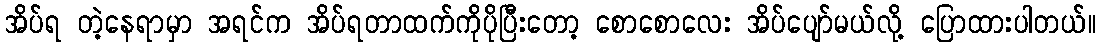
အိပ်ရ တဲ့နေရာမှာ အရင်က အိပ်ရတာထက်ကိုပိုပြီးတော့ စောစောလေး အိပ်ပျော်မယ်လို့ ပြောထားပါတယ်။